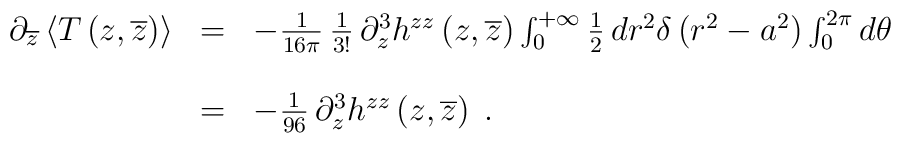
\begin{array}{lcl}\partial_{\overline z}\left<T\left(z,\overline z\right)\right>&=&-{1\over16\pi}\,{1\over{3!}}\,\partial_z^3h^{zz}\left(z,\overline {z}\right)\int_0^{+\infty}{1\over2}\,dr^2\delta\left(r^2-a^2\right)\int_0^{2\pi}d\theta\\\\\ &=&-{1\over96}\,\partial_z^3h^{zz}\left(z,\overline {z}\right)\;.\end{array}